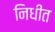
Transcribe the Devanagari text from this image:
निधीत